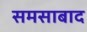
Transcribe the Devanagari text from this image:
समसाबाद